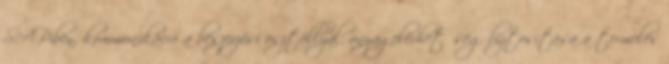
SAP-ben, kommunikáció a beszerzési osztállyal, anyagelérhetőség biztosítása a termelés